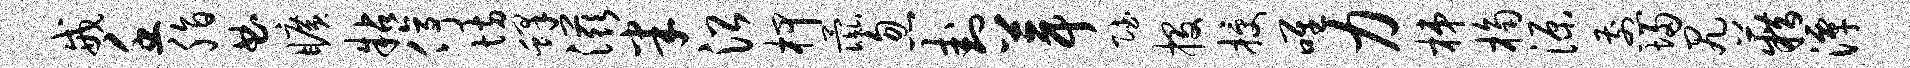
戒壬脂曲旷粘停坊蜂滋半沿柙彘忽卦葺赋投授唯力梯桷源煎埽尻籍潭